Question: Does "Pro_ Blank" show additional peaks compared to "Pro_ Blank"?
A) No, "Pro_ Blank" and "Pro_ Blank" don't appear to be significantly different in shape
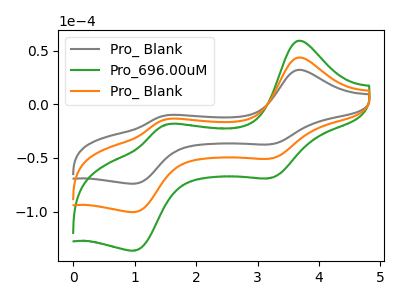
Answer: <think>The gray curve "Pro_ Blank" has anodic peaks at (3.65V, 32.05uA) (1.50V, -10.55uA) and cathodic peaks at (3.20V, -37.25uA) (1.00V, -73.90uA). The green curve "Pro_696.00uM" has anodic peaks at (3.65V, 87.00uA) (1.50V, -28.70uA) and cathodic peaks at (3.20V, -101.10uA) (1.00V, -200.70uA). The orange curve "Pro_ Blank" has anodic peaks at (3.65V, 43.50uA) (1.50V, -14.35uA) and cathodic peaks at (3.20V, -50.55uA) (1.00V, -100.35uA).
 All the peaks in "Pro_ Blank" have a peak in "Pro_ Blank" at the same potential.</think>
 <answer>A) No, "Pro_ Blank" and "Pro_ Blank" don't appear to be significantly different in shape</answer>
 <eval>A</eval>